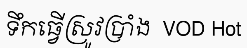
ទឹកធ្វើស្រូវប្រាំង  VOD Hot